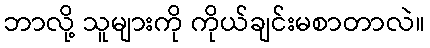
ဘာလို့ သူများကို ကိုယ်ချင်းမစာတာလဲ။